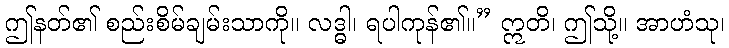
ဤနတ်၏ စည်းစိမ်ချမ်းသာကို။ လဒ္ဓါ၊ ရပါကုန်၏။” ဣတိ၊ ဤသို့။ အာဟံသု၊